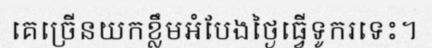
គេច្រើនយកខ្លឹមអំបែងថ្ងៃធ្វើទូករទេះ។